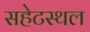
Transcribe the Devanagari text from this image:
सहेटस्थल